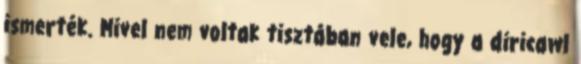
ismerték. Mivel nem voltak tisztában vele, hogy a diricawl